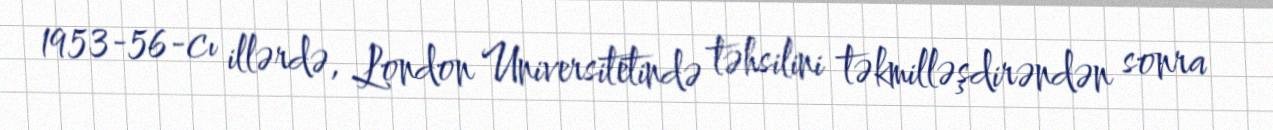
1953-56-cı illərdə, London Universitetində təhsilini təkmilləşdirəndən sonra